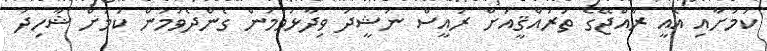
ކަމަށާއި އެއީ ރާއްޖޭގެ ތަރައްޤީއަށް ރައީސް ނަޝީދު ވިދާޅުވަމުން ގެންދެވުމުން ކަމަށް ޝާހިދު